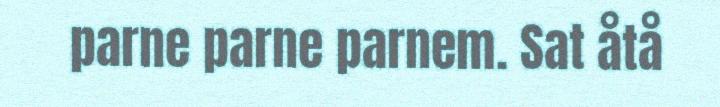
parne parne parnem. Sat åtå